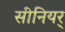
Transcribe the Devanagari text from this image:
सीनियर्